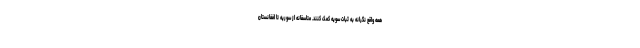
همه واقع نگرانه به ثبات سویه کمک کنند. متاسفانه از سوریه تا افغانستان